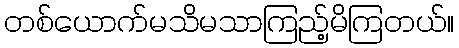
တစ်ယောက်မသိမသာကြည့်မိကြတယ်။